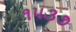
૧૫૩૭